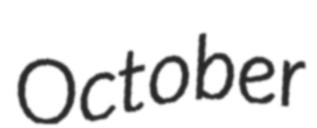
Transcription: October